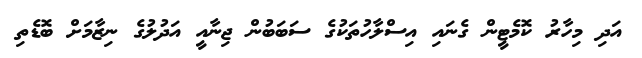
އަދި މިހާރު ކޮމެޓީން ގެނައި އިސްލާހުތަކުގެ ސަބަބުން ޖިނާއީ އަދުލުގެ ނިޒާމަށް ބޮޑެތި